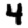
Digit: 4